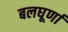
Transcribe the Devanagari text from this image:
बलघूर्णा